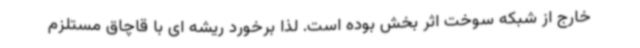
خارج از شبکه سوخت اثر بخش بوده است. لذا برخورد ریشه ای با قاچاق مستلزم